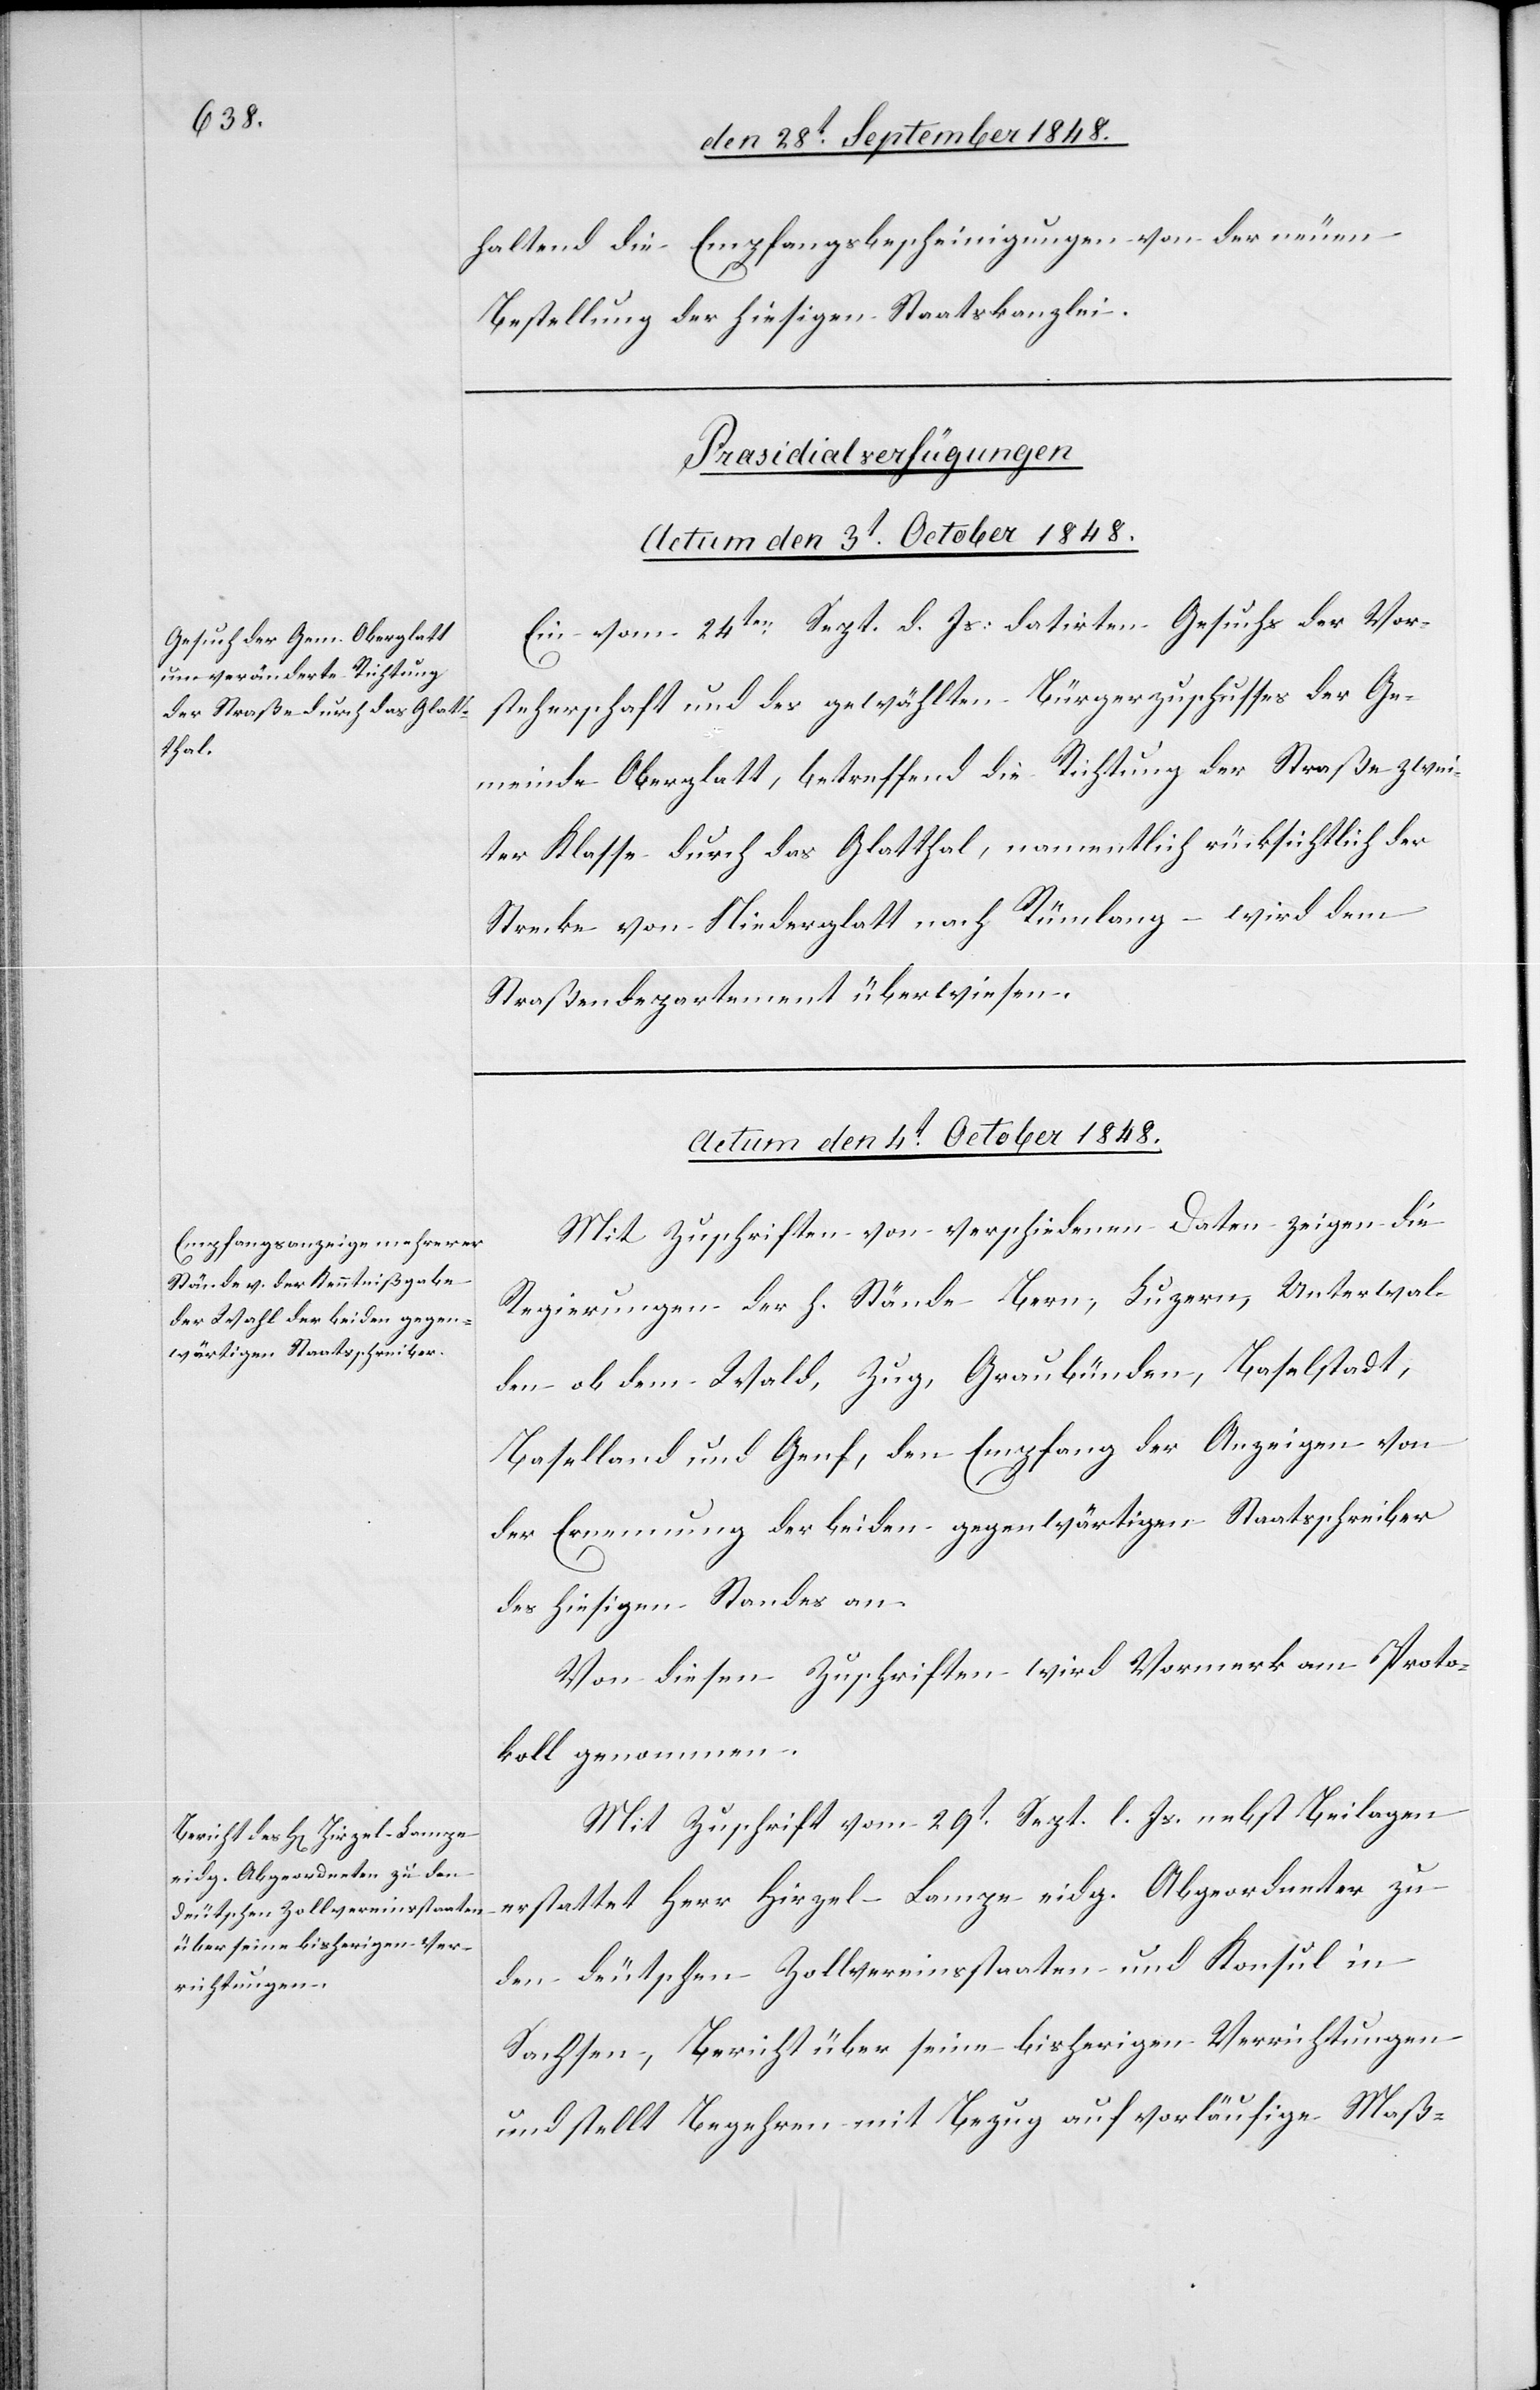
haltend die Empfangsbescheinigung von der neuen
Bestellung der hiesigen Staatskanzlei.
[Präsidialverfügungen.
Actum den 3t October 1848.
Ein vom 24ten Sept. d. Js. datirten Gesuchs [sic!] der V¬
orsteherschaft und des gewählten Bürgerzuschusses der Ge¬
meinde Oberglatt, betreffend die Richtung der Straße zwei¬
ter Klasse durch das Glatthal, namentlich rücksichtlich der
Strecke von Niederglatt nach Rümlang – wird dem
Straßendepartement überwiesen.
Actum den 4t October 1848.]
Mit Zuschrift von verschiedenen Daten zeigen die
Regierungen der h. Stände Bern, Luzern, Unterwal¬
den ob dem Wald, Zug, Graubünden, Baselstadt,
Baselland und Genf, den Empfang der Anzeigen von
der Ernennung der beiden gegenwärtigen Staatsschreiber
des hiesigen Standes an.
Von diesen Zuschriften wird Vormerk am Proto¬
koll genommen.
Mit Zuschrift vom 29t Sept. l. Js. nebst Beilagen
erstattet Herr Hirzel-Lampe eidg. Abgeordneter zu
den deutschen Zollvereinsstaaten und Konsul in
Sachsen, Bericht über seine bisherigen Verrichtungen
und stellt Begehren mit Bezug auf vorläufige Maß-